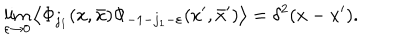
LaTeX: \lim _ { \varepsilon \rightarrow 0 } \left\langle \Phi _ { j _ { 1 } } ( x , \bar { x } ) \Phi _ { - 1 - j _ { 1 } - \varepsilon } ( x ^ { \prime } , \bar { x } ^ { \prime } ) \right\rangle = \delta ^ { 2 } ( x - x ^ { \prime } ) .